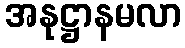
အနုဋ္ဌာနမလာ